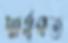
স্বার্থগত